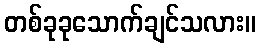
တစ်ခုခုသောက်ချင်သလား။